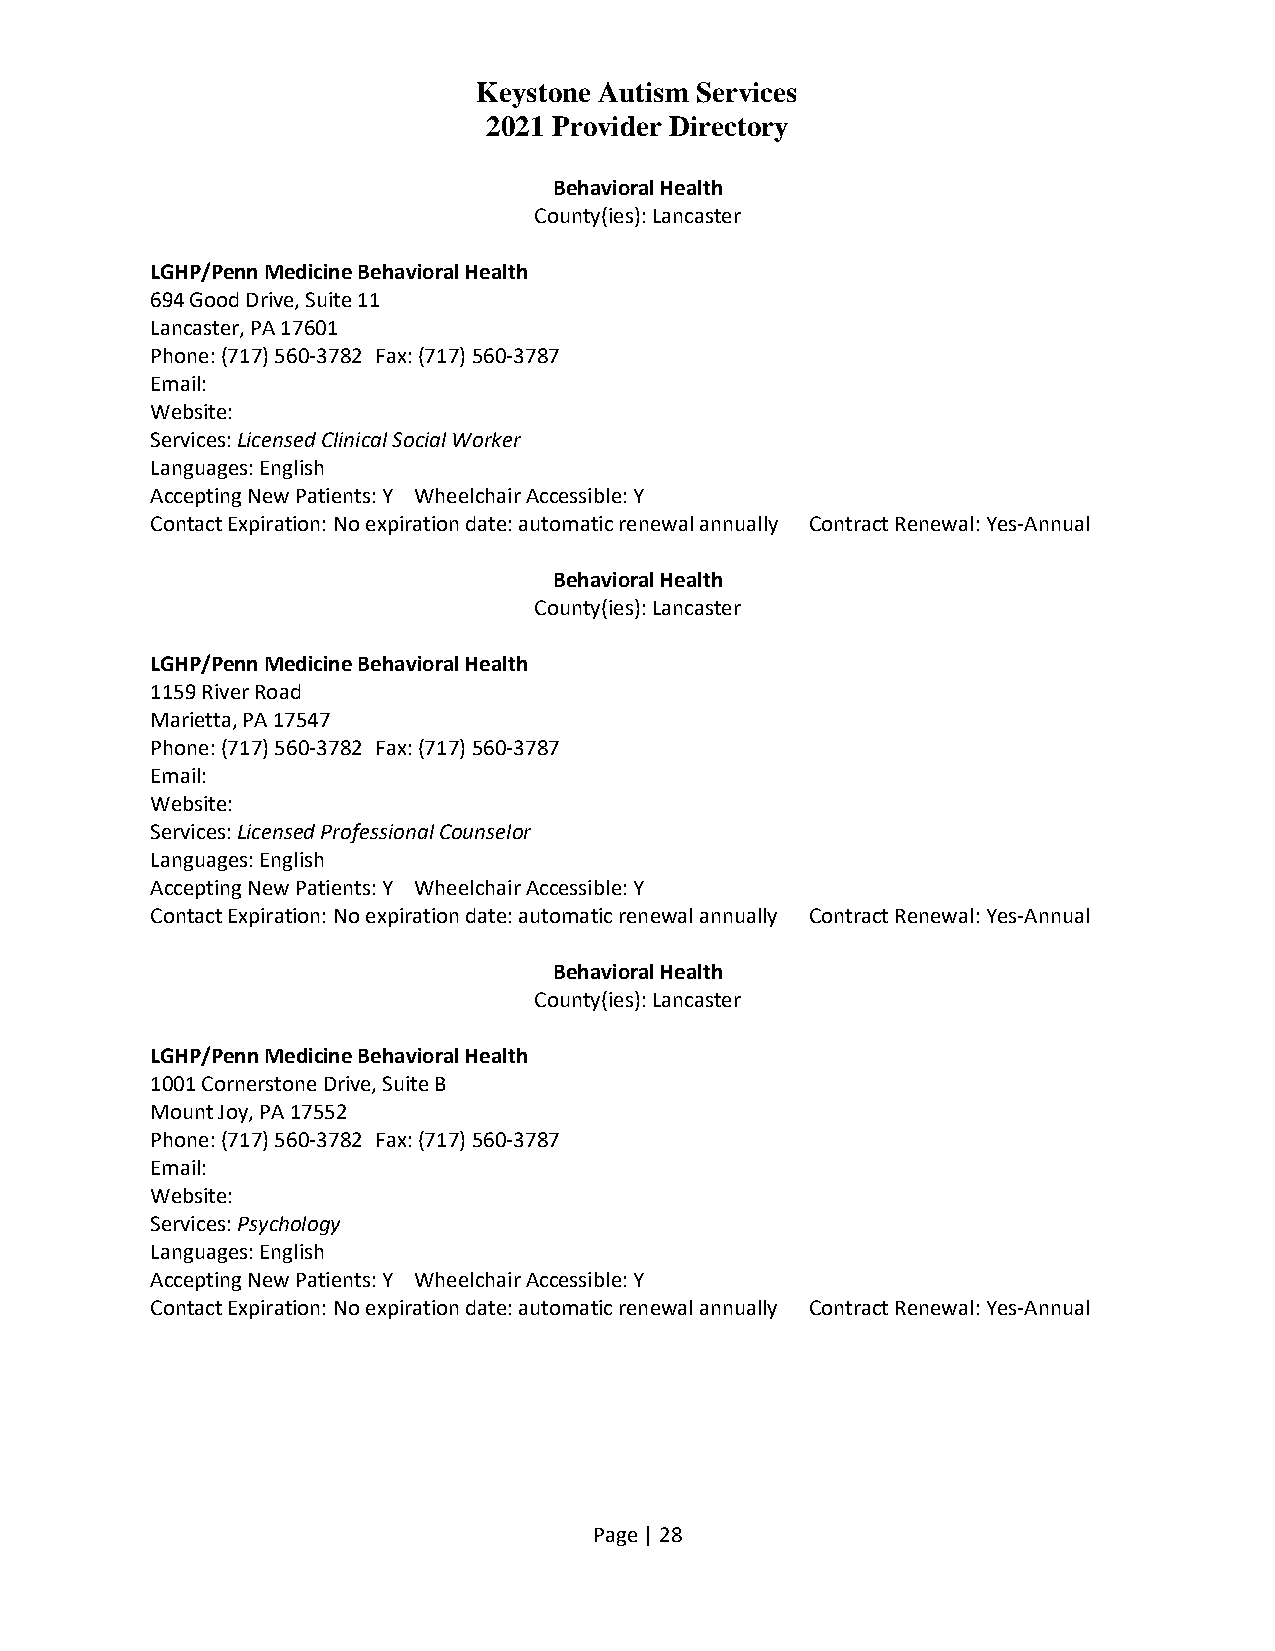
Keystone Autism Services
 2021 Provider Directory
 Behavioral Health
 County(ies): Lancaster
 LGHP/Penn Medicine Behavioral Health
 694 Good Drive, Suite 11
 Lancaster, PA 17601
 Phone: (717) 560-3782 Fax: (717) 560-3787
 Email:
 Website:
 Services: Licensed Clinical Social Worker
 Languages: English
 Accepting New Patients: Y Wheelchair Accessible: Y
 Contact Expiration: No expiration date: automatic renewal annually Contract Renewal: Yes-Annual
 Behavioral Health
 County(ies): Lancaster
 LGHP/Penn Medicine Behavioral Health
 1159 River Road
 Marietta, PA 17547
 Phone: (717) 560-3782 Fax: (717) 560-3787
 Email:
 Website:
 Services: Licensed Professional Counselor
 Languages: English
 Accepting New Patients: Y Wheelchair Accessible: Y
 Contact Expiration: No expiration date: automatic renewal annually Contract Renewal: Yes-Annual
 Behavioral Health
 County(ies): Lancaster
 LGHP/Penn Medicine Behavioral Health
 1001 Cornerstone Drive, Suite B
 Mount Joy, PA 17552
 Phone: (717) 560-3782 Fax: (717) 560-3787
 Email:
 Website:
 Services: Psychology
 Languages: English
 Accepting New Patients: Y Wheelchair Accessible: Y
 Contact Expiration: No expiration date: automatic renewal annually Contract Renewal: Yes-Annual
 Page | 28